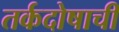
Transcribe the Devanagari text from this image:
तर्कदोषाची